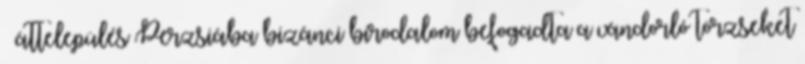
 áttelepülés Perzsiába bizánci birodalom befogadta a vándorló törzseket